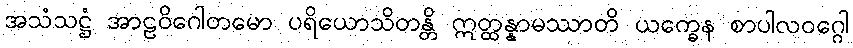
အသံသဋ္ဌံ အာဠဝိဂေါတမော ပရိယောသိတန္တိ ဣတ္ထန္နာမဿာတိ ယက္ခေန စာပါလဝဂ္ဂေါ